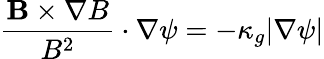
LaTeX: \frac{\mathbf{B}\times\nabla B}{B^{2}}\cdot\nabla\psi=-\kappa_{g}|\nabla\psi|